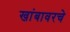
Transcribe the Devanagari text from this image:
खांबावरचे